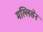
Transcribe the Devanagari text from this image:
मल्लिसेन